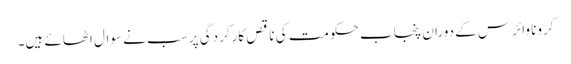
کرونا وائرس کے دوران پنجاب حکومت کی ناقص کارکردگی پر سب نے سوال اٹھائے ہیں۔